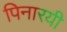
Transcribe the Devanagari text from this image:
पिनारयी